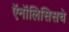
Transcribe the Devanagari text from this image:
ऍनॉलिसिसचे